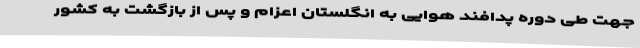
جهت طی دوره پدافند هوایی به انگلستان اعزام و پس از بازگشت به کشور